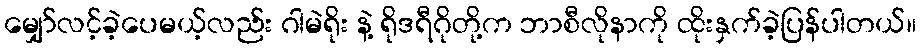
မျှော်လင့်ခဲ့ပေမယ့်လည်း ဂါမဲရိုး နဲ့ ရိုဒရီဂိုတို့က ဘာစီလိုနာကို ထိုးနှက်ခဲ့ပြန်ပါတယ်။